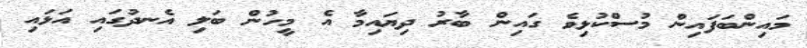
މައިންބަފައިން މުސްކުޅިވެ ގައިން ބާރު ދިޔައިމާ އެ މީހުން ބަލި އެނދުގައި އަޅައި